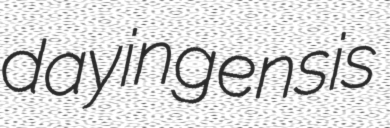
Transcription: dayingensis